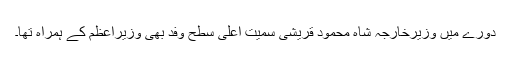
دورے میں وزیرخارجہ شاہ محمود قریشی سمیت اعلیٰ سطح وفد بھی وزیراعظم کے ہمراہ تھا۔